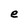
Character: e